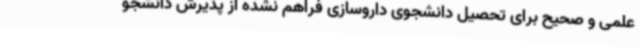
علمی و صحیح برای تحصیل دانشجوی داروسازی فراهم نشده از پذیرش دانشجو